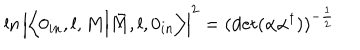
\ln \left| \left\langle 0 _ { i n } , l , M \Bigl | \bar { M } , l , 0 _ { i n } \right\rangle \right| ^ { 2 } = ( \mathrm { d e t } ( \alpha \alpha ^ { \dagger } ) ) ^ { - \frac { 1 } { 2 } }